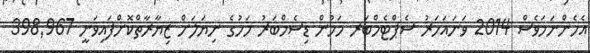
އެހެންނަމަވެސް 2014 ވަނައަހަރު ސެޕްޓެމްބަރ މަހުން ޑިސެމްބަރު މަހުގެ ނިޔަލަށް ޒިޔާރާތްކޮށްފައިވަނީ 398